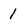
Character: 1